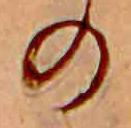
の